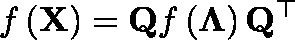
f \left( \mathbf { X } \right) = \mathbf { Q } f \left( \mathbf { \Lambda } \right) \mathbf { Q } ^ { \top }